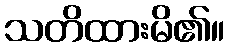
သတိထားမိ၏။